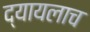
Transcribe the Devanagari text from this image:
द्यायलाच